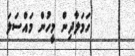
ހަމަލާދިން މީހުން މައްސަލަ